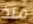
منذ